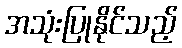
အသုံးပြုနိုင်သည့်